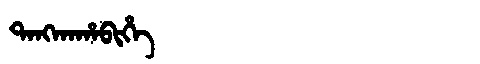
Manchu: ᡨᠠᠩᡴᠠᡥᠠᠪᡳᡥᡝ
Romanization: TANGKAHABIHE